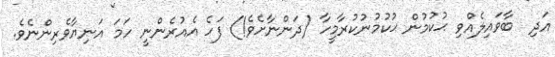
އަދި  ބާވައިލެއްވި ޙުކުމުން ޙުކުމުނުކުރާމީހާ (ދަންނާށެވެ!) ފަހެ އެއުރެންނީ ހަމަ އަނިޔާވެރިންނެވެ.